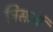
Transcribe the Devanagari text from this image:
त्रिसत्यं